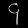
Digit: ၄